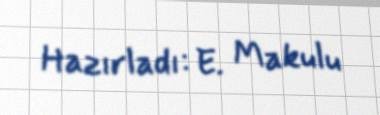
Hazırladı: E. Makulu